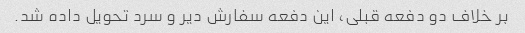
بر خلاف دو دفعه قبلی، این دفعه سفارش دیر و سرد تحویل داده شد.